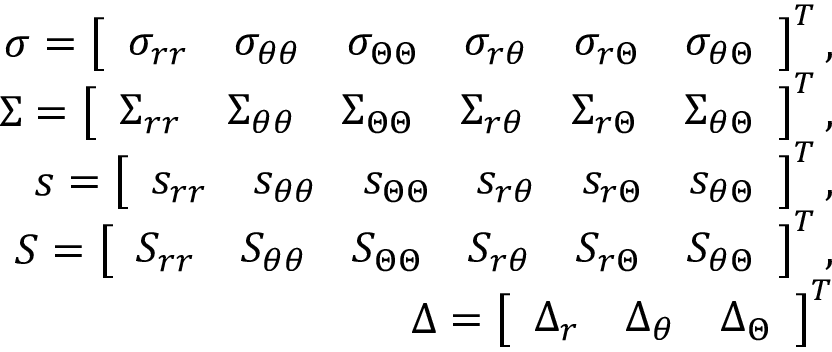
\begin{array} { r } { \boldsymbol { \sigma } = \left[ \begin{array} { l l l l l l } { \sigma _ { r r } } & { \sigma _ { \theta \theta } } & { \sigma _ { \Theta \Theta } } & { \sigma _ { r \theta } } & { \sigma _ { r \Theta } } & { \sigma _ { \theta \Theta } } \end{array} \right] ^ { T } , } \\ { \boldsymbol { \Sigma } = \left[ \begin{array} { l l l l l l } { \Sigma _ { r r } } & { \Sigma _ { \theta \theta } } & { \Sigma _ { \Theta \Theta } } & { \Sigma _ { r \theta } } & { \Sigma _ { r \Theta } } & { \Sigma _ { \theta \Theta } } \end{array} \right] ^ { T } , } \\ { \boldsymbol { s } = \left[ \begin{array} { l l l l l l } { s _ { r r } } & { s _ { \theta \theta } } & { s _ { \Theta \Theta } } & { s _ { r \theta } } & { s _ { r \Theta } } & { s _ { \theta \Theta } } \end{array} \right] ^ { T } , } \\ { \boldsymbol { S } = \left[ \begin{array} { l l l l l l } { S _ { r r } } & { S _ { \theta \theta } } & { S _ { \Theta \Theta } } & { S _ { r \theta } } & { S _ { r \Theta } } & { S _ { \theta \Theta } } \end{array} \right] ^ { T } , } \\ { \boldsymbol { \Delta } = \left[ \begin{array} { l l l } { \Delta _ { r } } & { \Delta _ { \theta } } & { \Delta _ { \Theta } } \end{array} \right] ^ { T } } \end{array}